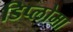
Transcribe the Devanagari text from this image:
डिप्‍लोमा